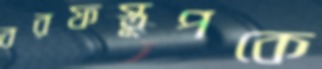
বরফস্তূপকে